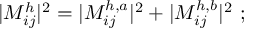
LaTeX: | { \cal M } _ { i j } ^ { h } | ^ { 2 } = | { \cal M } _ { i j } ^ { h , a } | ^ { 2 } + | { \cal M } _ { i j } ^ { h , b } | ^ { 2 } \, \, ;